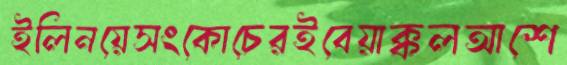
ইলিনয়েসংকোচেরইবেয়াক্কলআশে